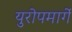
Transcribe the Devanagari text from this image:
युरोपमार्गे